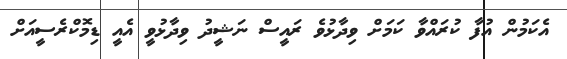
އެކަމުން އުފާ ކުރައްވާ ކަމަށް ވިދާޅުވެ ރައީސް ނަޝީދު ވިދާޅުވީ އެއީ ޑިމޮކްރެސީއަށް